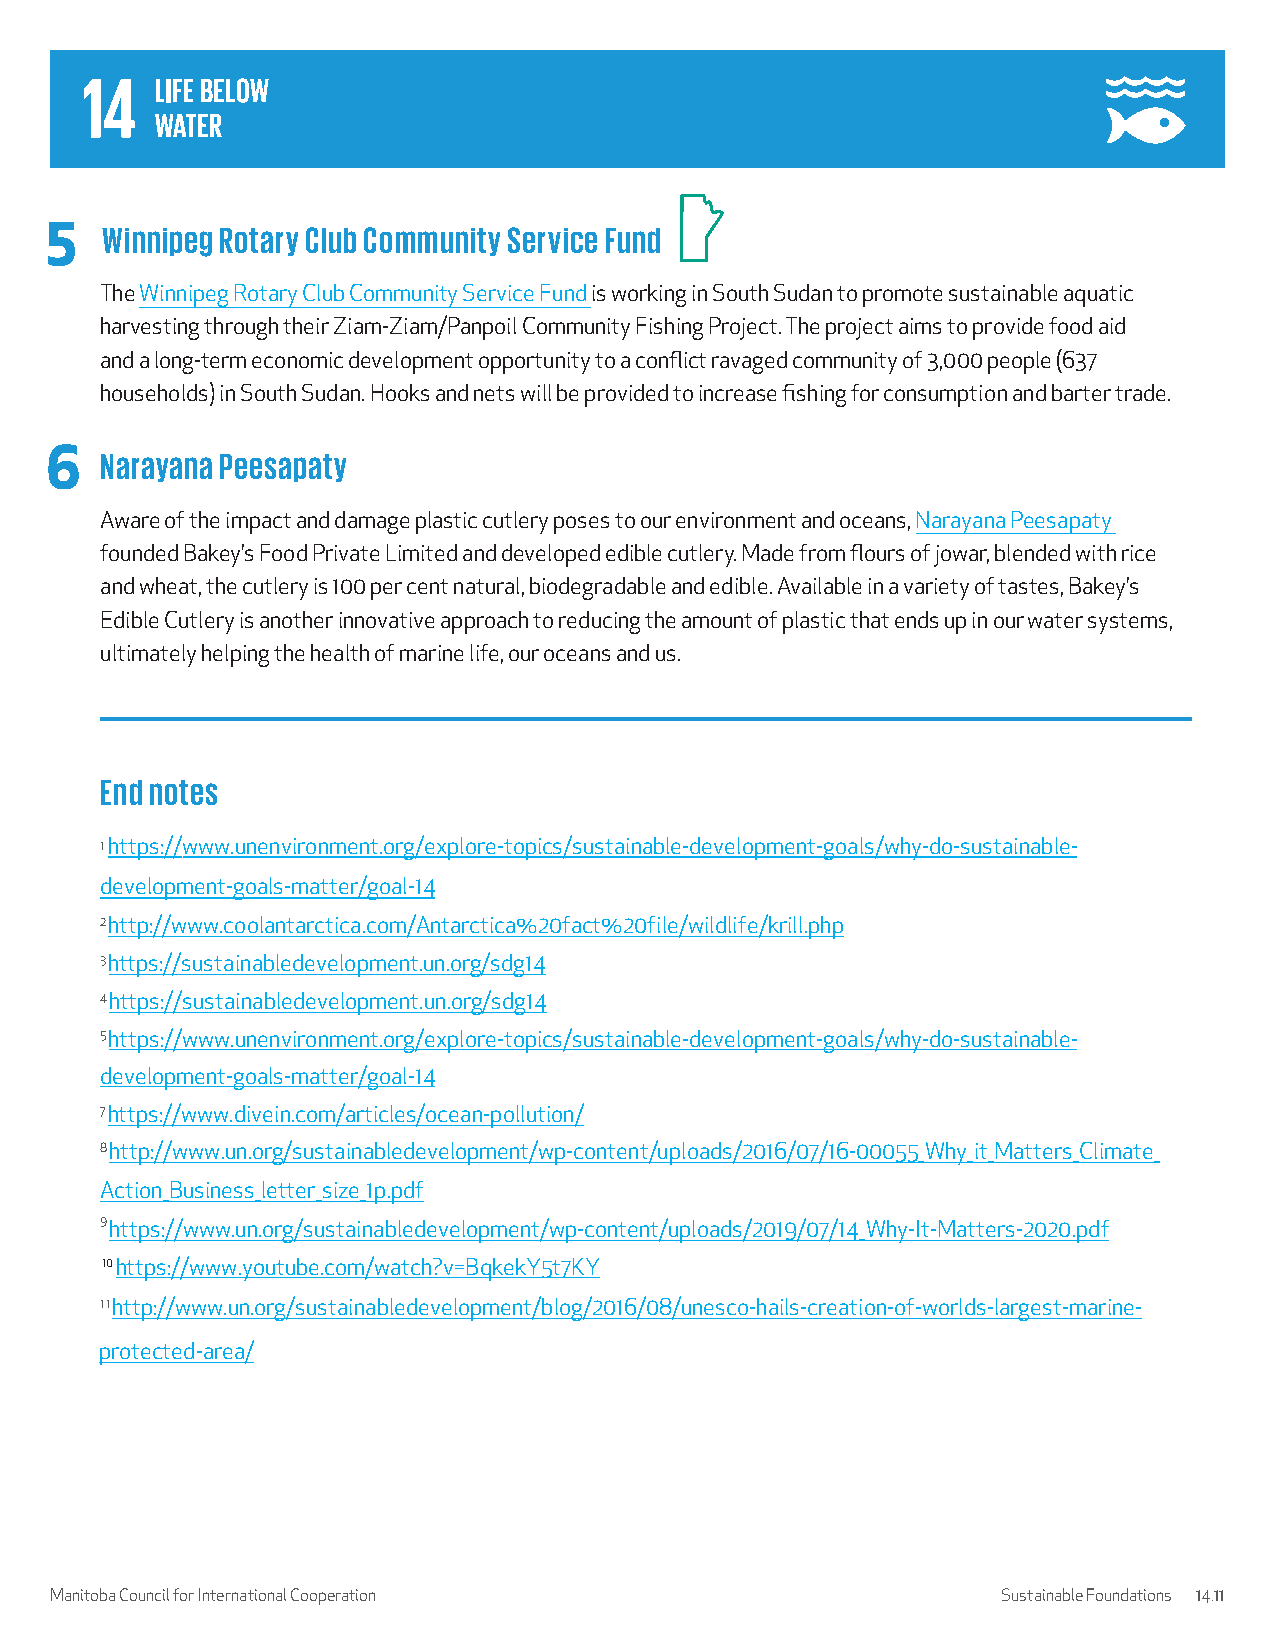
5   Winnipeg Rotary Club Community Service Fund
 The Winnipeg Rotary Club Community Service Fund is working in South Sudan to promote sustainable aquatic
 harvesting through their Ziam-Ziam/Panpoil Community Fishing Project. The project aims to provide food aid
 and a long-term economic development opportunity to a conflict ravaged community of 3,000 people (637
 households) in South Sudan. Hooks and nets will be provided to increase fishing for consumption and barter trade.
 6   Narayana Peesapaty
 Aware of the impact and damage plastic cutlery poses to our environment and oceans, Narayana Peesapaty
 founded Bakey’s Food Private Limited and developed edible cutlery. Made from flours of jowar, blended with rice
 and wheat, the cutlery is 100 per cent natural, biodegradable and edible. Available in a variety of tastes, Bakey’s
 Edible Cutlery is another innovative approach to reducing the amount of plastic that ends up in our water systems,
 ultimately helping the health of marine life, our oceans and us.
 End notes
 1 https://www.unenvironment.org/explore-topics/sustainable-development-goals/why-do-sustainable-
 development-goals-matter/goal-14
 2 http://www.coolantarctica.com/Antarctica%20fact%20file/wildlife/krill.php
 3 https://sustainabledevelopment.un.org/sdg14
 4 https://sustainabledevelopment.un.org/sdg14
 5 https://www.unenvironment.org/explore-topics/sustainable-development-goals/why-do-sustainable-
 development-goals-matter/goal-14
 7 https://www.divein.com/articles/ocean-pollution/
 8 http://www.un.org/sustainabledevelopment/wp-content/uploads/2016/07/16-00055_Why_it_Matters_Climate_
 Action_Business_letter_size_1p.pdf
 9 https://www.un.org/sustainabledevelopment/wp-content/uploads/2019/07/14_Why-It-Matters-2020.pdf
 10 https://www.youtube.com/watch?v=BqkekY5t7KY
 1 1 http://www.un.org/sustainabledevelopment/blog/2016/08/unesco-hails-creation-of-worlds-largest-marine-
 protected-area/
 Manitoba Council for International Cooperation                 Sustainable Foundations 14.11